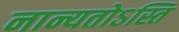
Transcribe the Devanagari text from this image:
नान्यतोऽस्ति